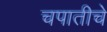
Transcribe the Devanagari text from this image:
चपातीचे